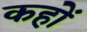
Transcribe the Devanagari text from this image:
कहोँ